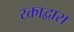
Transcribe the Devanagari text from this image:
रक्ताद्वारा